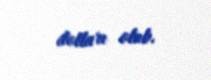
dolları olub.